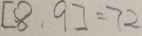
[ 8 . 9 ] = 7 2